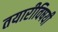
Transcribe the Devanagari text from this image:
तयारीविषयी